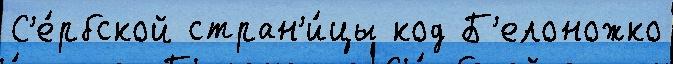
С'е́рбской стран'и́цы код Б'елоножко